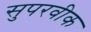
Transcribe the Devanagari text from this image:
सुपरवीक